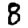
Digit: 8